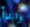
وابدأ